Lunatic asylums Punjab 1881-1894 - 1881-1894
Year: 1881
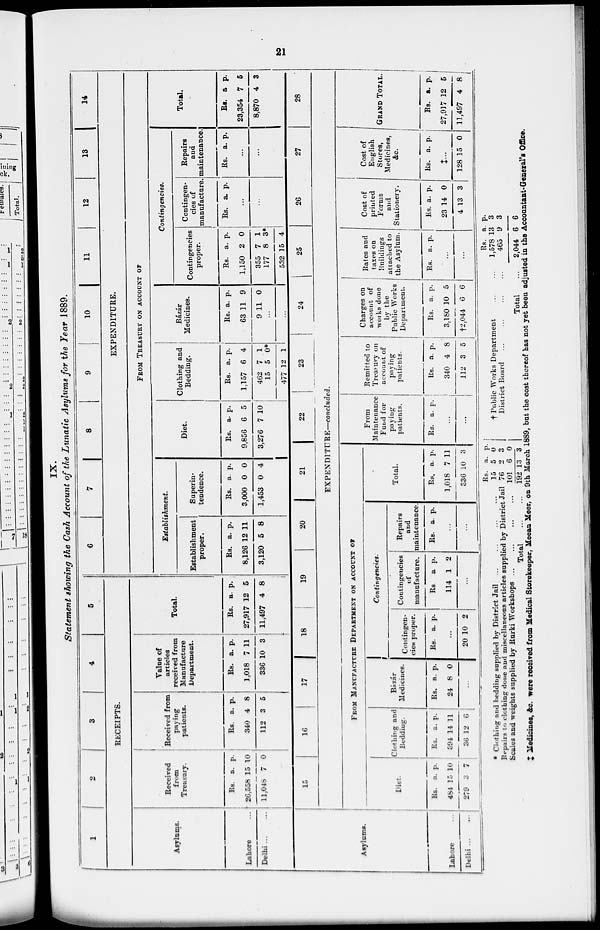
21
IX.
Statement showing the Cash Account of the Lunatic Asylums for the Year 1889.
1
2
3
4
5
RECEIPTS.
Asylums.
Lahore
...
Delhi
...
...
Received
from
Treasury.
Rs.
26,558
11,048
a.
15
7
p.
10
0
Received from
paying
patients.
Rs.
340
112
a.
4
3
p.
8
5
Value of
articles
received from
Manufacture
Department.
Rs.
1,018
336
a.
7
10
p.
11
3
Total.
Rs.
27,917
11,497
a.
12
4
p.
5
8
6
7
8
9
10
11
12
13
14
EXPENDITURE.
FROM TREASURY ON ACCOUNT OF
Establishment.
Establishment
proper.
Rs.
8,126
3,120
a.
12
5
p.
11
8
Superin-
tendence.
Rs.
3,000
1,453
a.
0
0
p.
0
4
Diet.
Rs.
9,856
3,276
a.
6
7
p.
5
10
Clothing and
Bedding.
Rs.
1,157
462
15
477
a.
6
7
5
12
p.
4
1
0*
1
Bázár
Medicines.
Rs.
63
9
a.
11
11
p.
9
0
...
...
Contingencies.
Contingencies
proper.
Rs.
1,150
355
177
532
a.
2
7
8
15
p.
0
1
3*
4
Contingen-
cies of
manufacture.
Rs. a. p.
...
Repairs
and
maintenance.
Rs. a. p.
...
...
Total.
Rs.
23,354
8,870
a
7
4
p.
5
3
Asylums.
Lahore
...
Delhi
...
...
15
16
17
18 19
20
21
22
23
24
t
25
26
27
28
EXPENDITURE—concluded.
FROM MANUFACTURE DEPARTMENT ON ACCOUNT OF
Diet.
Rs.
484
270
a.
15
3
p.
10
7
Clothing and
Bedding.
Rs.
394
36
a.
14
12
p.
11
6
Bázár
Medicines.
Rs.
24
a.
8
p.
0
...
Contivgencies.
Contingen-
cies proper.
Rs. a. p.
...
20 10 2
Contingencies
of
manufacture.
Rs
114
a
1
p.
2
...
Repairs
and
maintenance.
Rs. a. p.
...
...
Total.
Rs.
1,018
S36
a.
7
10
p.
11
3
From
Maintenance
Fund for
paying
patients.
Rs. a. p.
...
...
Remitted to
Treasury on
accouut of
paying
patients-
Rs.
340
112
a.
4
3
p.
8
5
Charges on
acconut of
works done
by the
Public Works
Department.
Rs.
3.180
†2,044
a.
10
6
p.
5
6
Rates and
taxes on
Buildings
attached to
the Asylum.
Rs. a. p.
...
...
Cost of
printed
Forms
and
Stationery.
Rs.
23
4
a.
14
13
p.
0
3
Cost of
English
Stores,
Medicines,
&c.
Rs. a. p.
‡...
128 15 0
GRAND TOTAL.
Rs.
27,917
11,497
a.
12
4
p.
5
8
* Clothing and bedding supplied by District Jail
...
...
...
...
Repairs to clothing done and miscellaneons articles supplied by District Jail
Scales and weights supplied by Rurki Workshops
...
...
...
...
Total
...
...
Rs.
15
76
101
192
a.
5
2
6
13
P.
0
3
0
3
† Public Works Department ... ...
District Board ... ... ... ...
Total ...
Rs.
1,578
465
2,044
a.
13
9
6
P.
3
3
6
‡ Medicines, &c. were received from Medical Storekeeper, Meean Meer, on 9th March 1889, bat the cost there of has not yet been adjusted in the Accountant-General's Office.